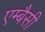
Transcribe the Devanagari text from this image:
एम्बैसी